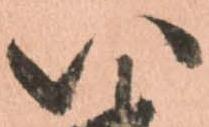
い